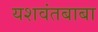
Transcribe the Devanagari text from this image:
यशवंतबाबा